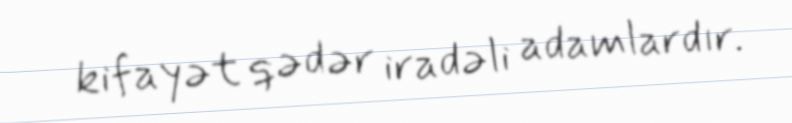
kifayət qədər iradəli adamlardır.